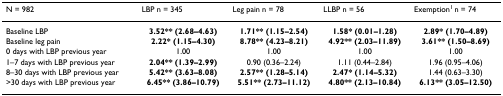
<table><thead><tr><td><b>N = 982</b></td><td><b>LBP n = 345</b></td><td><b>Leg pain n = 78</b></td><td><b>LLBP n = 56</b></td><td><b>Exemption<sup>1 </sup>n = 74</b></td></tr></thead><tbody><tr><td>Baseline LBP</td><td><b>3.52** (2.68–4.63)</b></td><td><b>1.71** (1.15–2.54)</b></td><td><b>1.58* (0.01–1.28)</b></td><td><b>2.89* (1.70–4.89)</b></td></tr><tr><td>Baseline leg pain</td><td><b>2.22* (1.15–4.30)</b></td><td><b>8.78** (4.23–8.21)</b></td><td><b>4.92** (2.03–11.89)</b></td><td><b>3.61** (1.50–8.69)</b></td></tr><tr><td>0 days with LBP previous year</td><td>1.00</td><td>1.00</td><td>1.00</td><td>1.00</td></tr><tr><td>1–7 days with LBP previous year</td><td><b>2.04** (1.39–2.99)</b></td><td>0.90 (0.36–2.24)</td><td>1.11 (0.44–2.84)</td><td>1.96 (0.95–4.06)</td></tr><tr><td>8–30 days with LBP previous year</td><td><b>5.42** (3.63–8.08)</b></td><td><b>2.57** (1.28–5.14)</b></td><td><b>2.47* (1.14–5.32)</b></td><td>1.44 (0.63–3.30)</td></tr><tr><td>&gt;30 days with LBP previous year</td><td><b>6.45** (3.86–10.79)</b></td><td><b>5.51** (2.73–11.12)</b></td><td><b>4.80** (2.13–10.84)</b></td><td><b>6.13** (3.05–12.50)</b></td></tr></tbody></table>